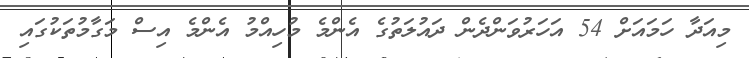
މިއަދާ ހަމައަށް 54 އަހަރުވަންދެން ދައުލަތުގެ އެންމެ މުހިއްމު އެންމެ އިސް މަގާމުތަކުގައި